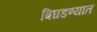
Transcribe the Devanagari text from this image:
बिघडण्यात